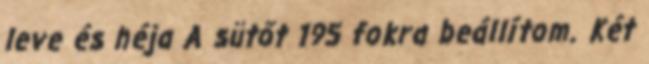
leve és héja A sütőt 195 fokra beállítom. Két